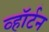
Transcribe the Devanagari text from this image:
व्हॉर्टन